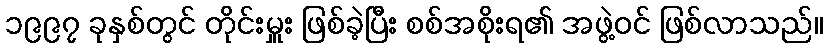
၁၉၉၇ ခုနှစ်တွင် တိုင်းမှူး ဖြစ်ခဲ့ပြီး စစ်အစိုးရ၏ အဖွဲ့ဝင် ဖြစ်လာသည်။